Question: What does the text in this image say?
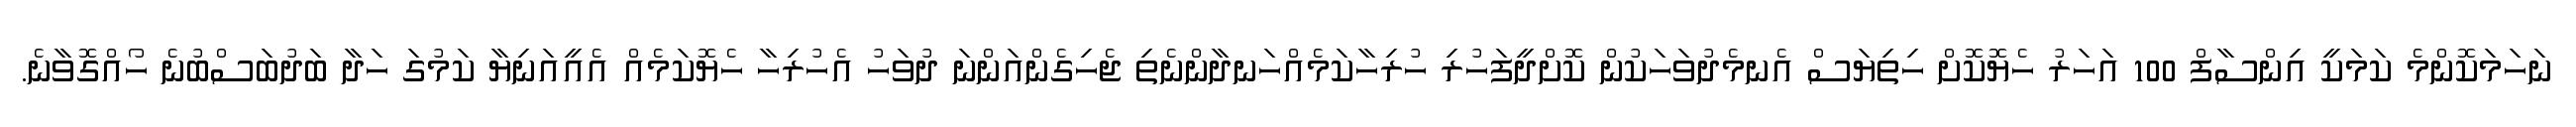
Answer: ނަހަމަކޮންމެ ކަމަކީ އިންސާފް 100 އަހަރު ހެޔޮކޮށް ހިތިޔަސް އެނމެދުވަހަކުން ކޮށްދީފަހުރި ހުރިހާކަމެއްހަނދާންނެތި ޖެހިގެންއަންނަ ދުވަހު އެހުރިހާ ހެޔޮކަމެއް އެއީއަނިޔާ ކަމުގަ ހަދާ ބަދުބަސްބުނެ ހޯއްގޮވާނެ.